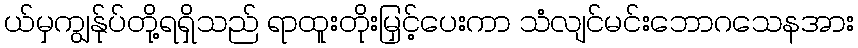
ယ်မှကျွန်ုပ်တို့ရရှိသည် ရာထူးတိုးမြှင့်ပေးကာ သံလျင်မင်းဘောဂသေနအား